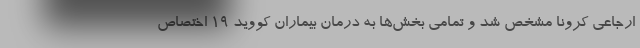
ارجاعی کرونا مشخص شد و تمامی بخش‌ها به درمان بیماران کووید ۱۹ اختصاص